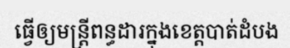
ធ្វើឲ្យមន្ត្រីពន្ធដារក្នុងខេត្តបាត់ដំបង